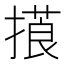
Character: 𢳑